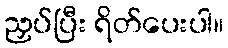
ညှပ်ပြီး ရိတ်ပေးပါ။